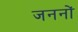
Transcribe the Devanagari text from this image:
जननों